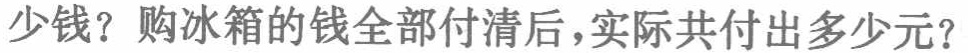
少钱？购冰箱的钱全部付清后，实际共付出多少元？